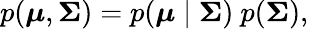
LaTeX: p({\boldsymbol{\mu}},{\boldsymbol{\Sigma}})=p({\boldsymbol{\mu}}\mid{\boldsymbol{\Sigma}})\ p({\boldsymbol{\Sigma}}),